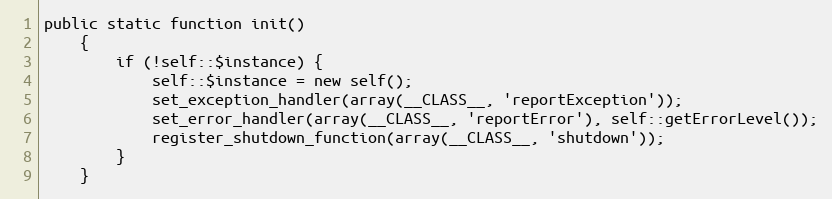
Language: PHP
public static function init()
    {
        if (!self::$instance) {
            self::$instance = new self();
            set_exception_handler(array(__CLASS__, 'reportException'));
            set_error_handler(array(__CLASS__, 'reportError'), self::getErrorLevel());
            register_shutdown_function(array(__CLASS__, 'shutdown'));
        }
    }